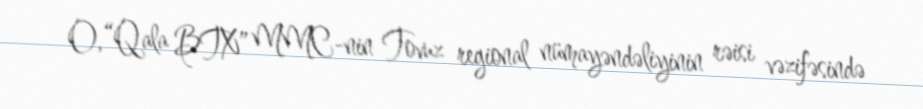
O, “Qala BTX” MMC-nin Tovuz regional nümayəndəliyinin rəisi vəzifəsində